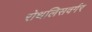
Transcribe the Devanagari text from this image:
रोथलिसवर्गर